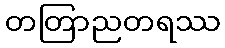
တတြာညတရဿ